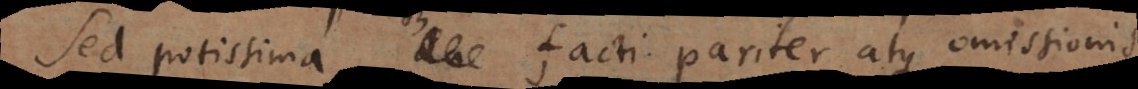
Sed potissima facti pariter atque omissionis,